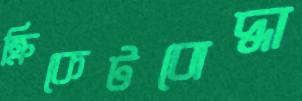
ক্রিকেটবোদ্ধা